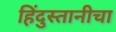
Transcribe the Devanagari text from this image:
हिंदुस्तानीचा